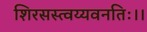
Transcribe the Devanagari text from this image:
शिरसस्त्वय्यवनतिः।।